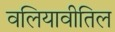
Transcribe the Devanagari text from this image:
वलियावीतिल